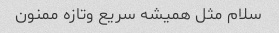
سلام مثل همیشه سریع وتازه ممنون